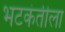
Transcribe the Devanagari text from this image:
भटकंतीला